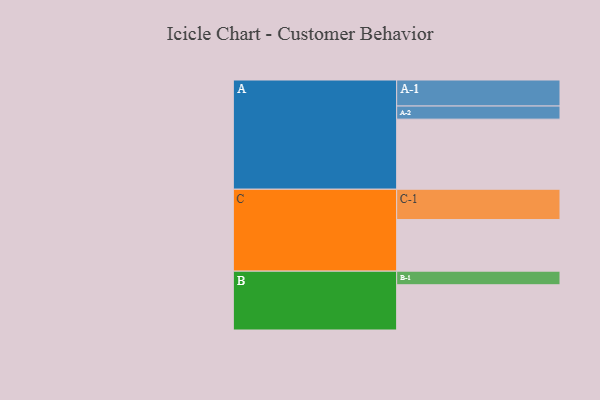
{"axis": {"x": "Segment", "y": "Value"}, "legend": ["", "A", "B", "C"], "data": [{"x": "A", "y": 598, "type": ""}, {"x": "B", "y": 386, "type": ""}, {"x": "C", "y": 440, "type": ""}, {"x": "A-1", "y": 222, "type": "A"}, {"x": "A-2", "y": 112, "type": "A"}, {"x": "B-1", "y": 116, "type": "B"}, {"x": "C-1", "y": 259, "type": "C"}]}